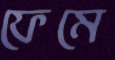
ফেমে